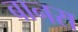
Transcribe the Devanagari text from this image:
बानरा